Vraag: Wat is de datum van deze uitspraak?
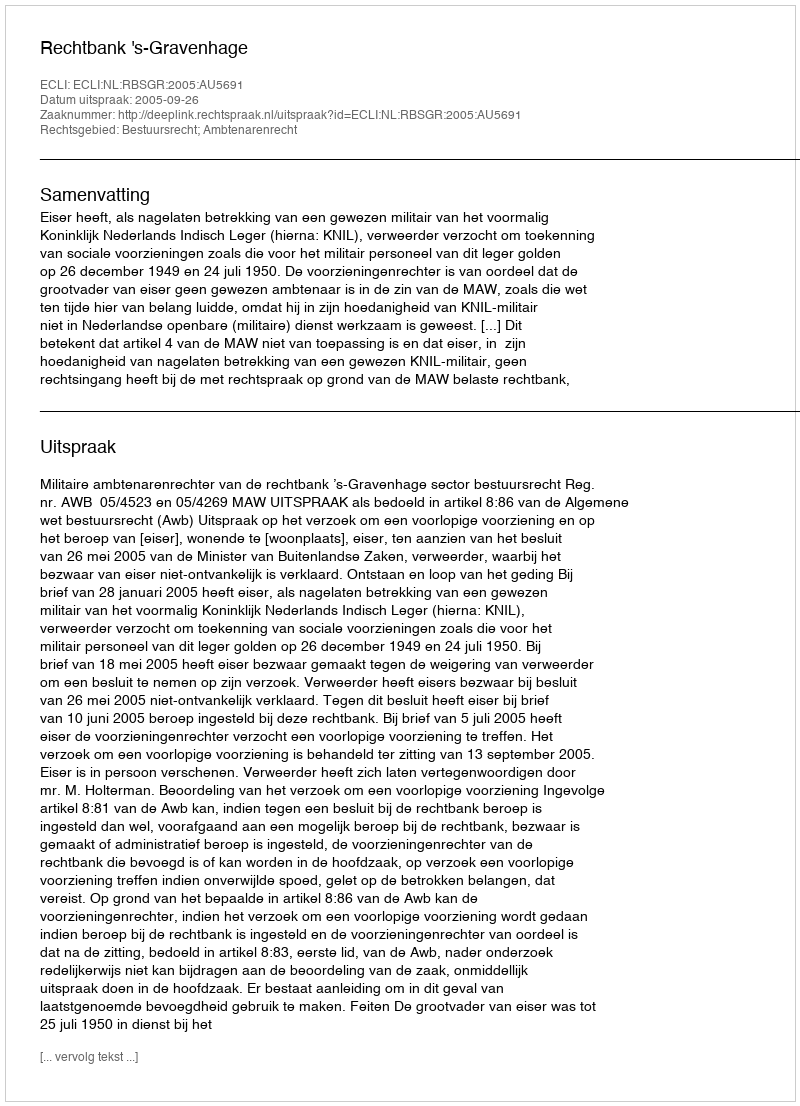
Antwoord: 2005-09-26